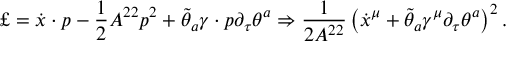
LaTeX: \pounds = \dot { x } \cdot p - \frac { 1 } { 2 } A ^ { 2 2 } p ^ { 2 } + \tilde { \theta } _ { a } \gamma \cdot { p } \partial _ { \tau } \theta ^ { a } \Rightarrow \frac { 1 } { 2 A ^ { 2 2 } } \left( \dot { x } ^ { \mu } + \tilde { \theta } _ { a } \gamma ^ { \mu } \partial _ { \tau } \theta ^ { a } \right) ^ { 2 } .